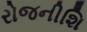
રોજનીશિ